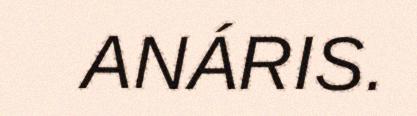
ANÁRIS.